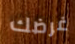
غرضك